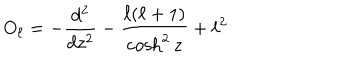
O _ { \ell } = - { \frac { d ^ { 2 } } { d z ^ { 2 } } } - { \frac { \ell ( \ell + 1 ) } { \cosh ^ { 2 } z } } + \ell ^ { 2 }